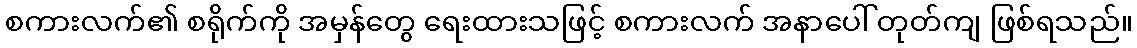
စကားလက်၏ စရိုက်ကို အမှန်တွေ ရေးထားသဖြင့် စကားလက် အနာပေါ် တုတ်ကျ ဖြစ်ရသည်။